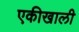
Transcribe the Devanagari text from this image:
एकीखाली